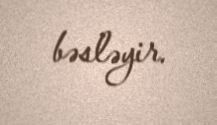
bəsləyir.